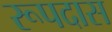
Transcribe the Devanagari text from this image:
रूपदास